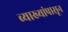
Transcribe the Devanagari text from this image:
व्याख्यांपासून